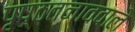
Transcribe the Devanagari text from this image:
पृष्ठतनाववाले